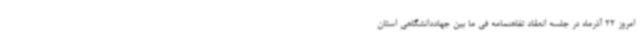
امروز 22 آذرماه در جلسه انعقاد تفاهنمامه فی ما بین جهاددانشگاهی استان